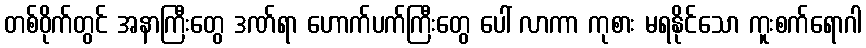
တစ်ဝိုက်တွင် အနာကြီးတွေ ဒဏ်ရာ ဟောက်ပက်ကြီးတွေ ပေါ် လာကာ ကုစား မရနိုင်သော ကူးစက်ရောဂါ